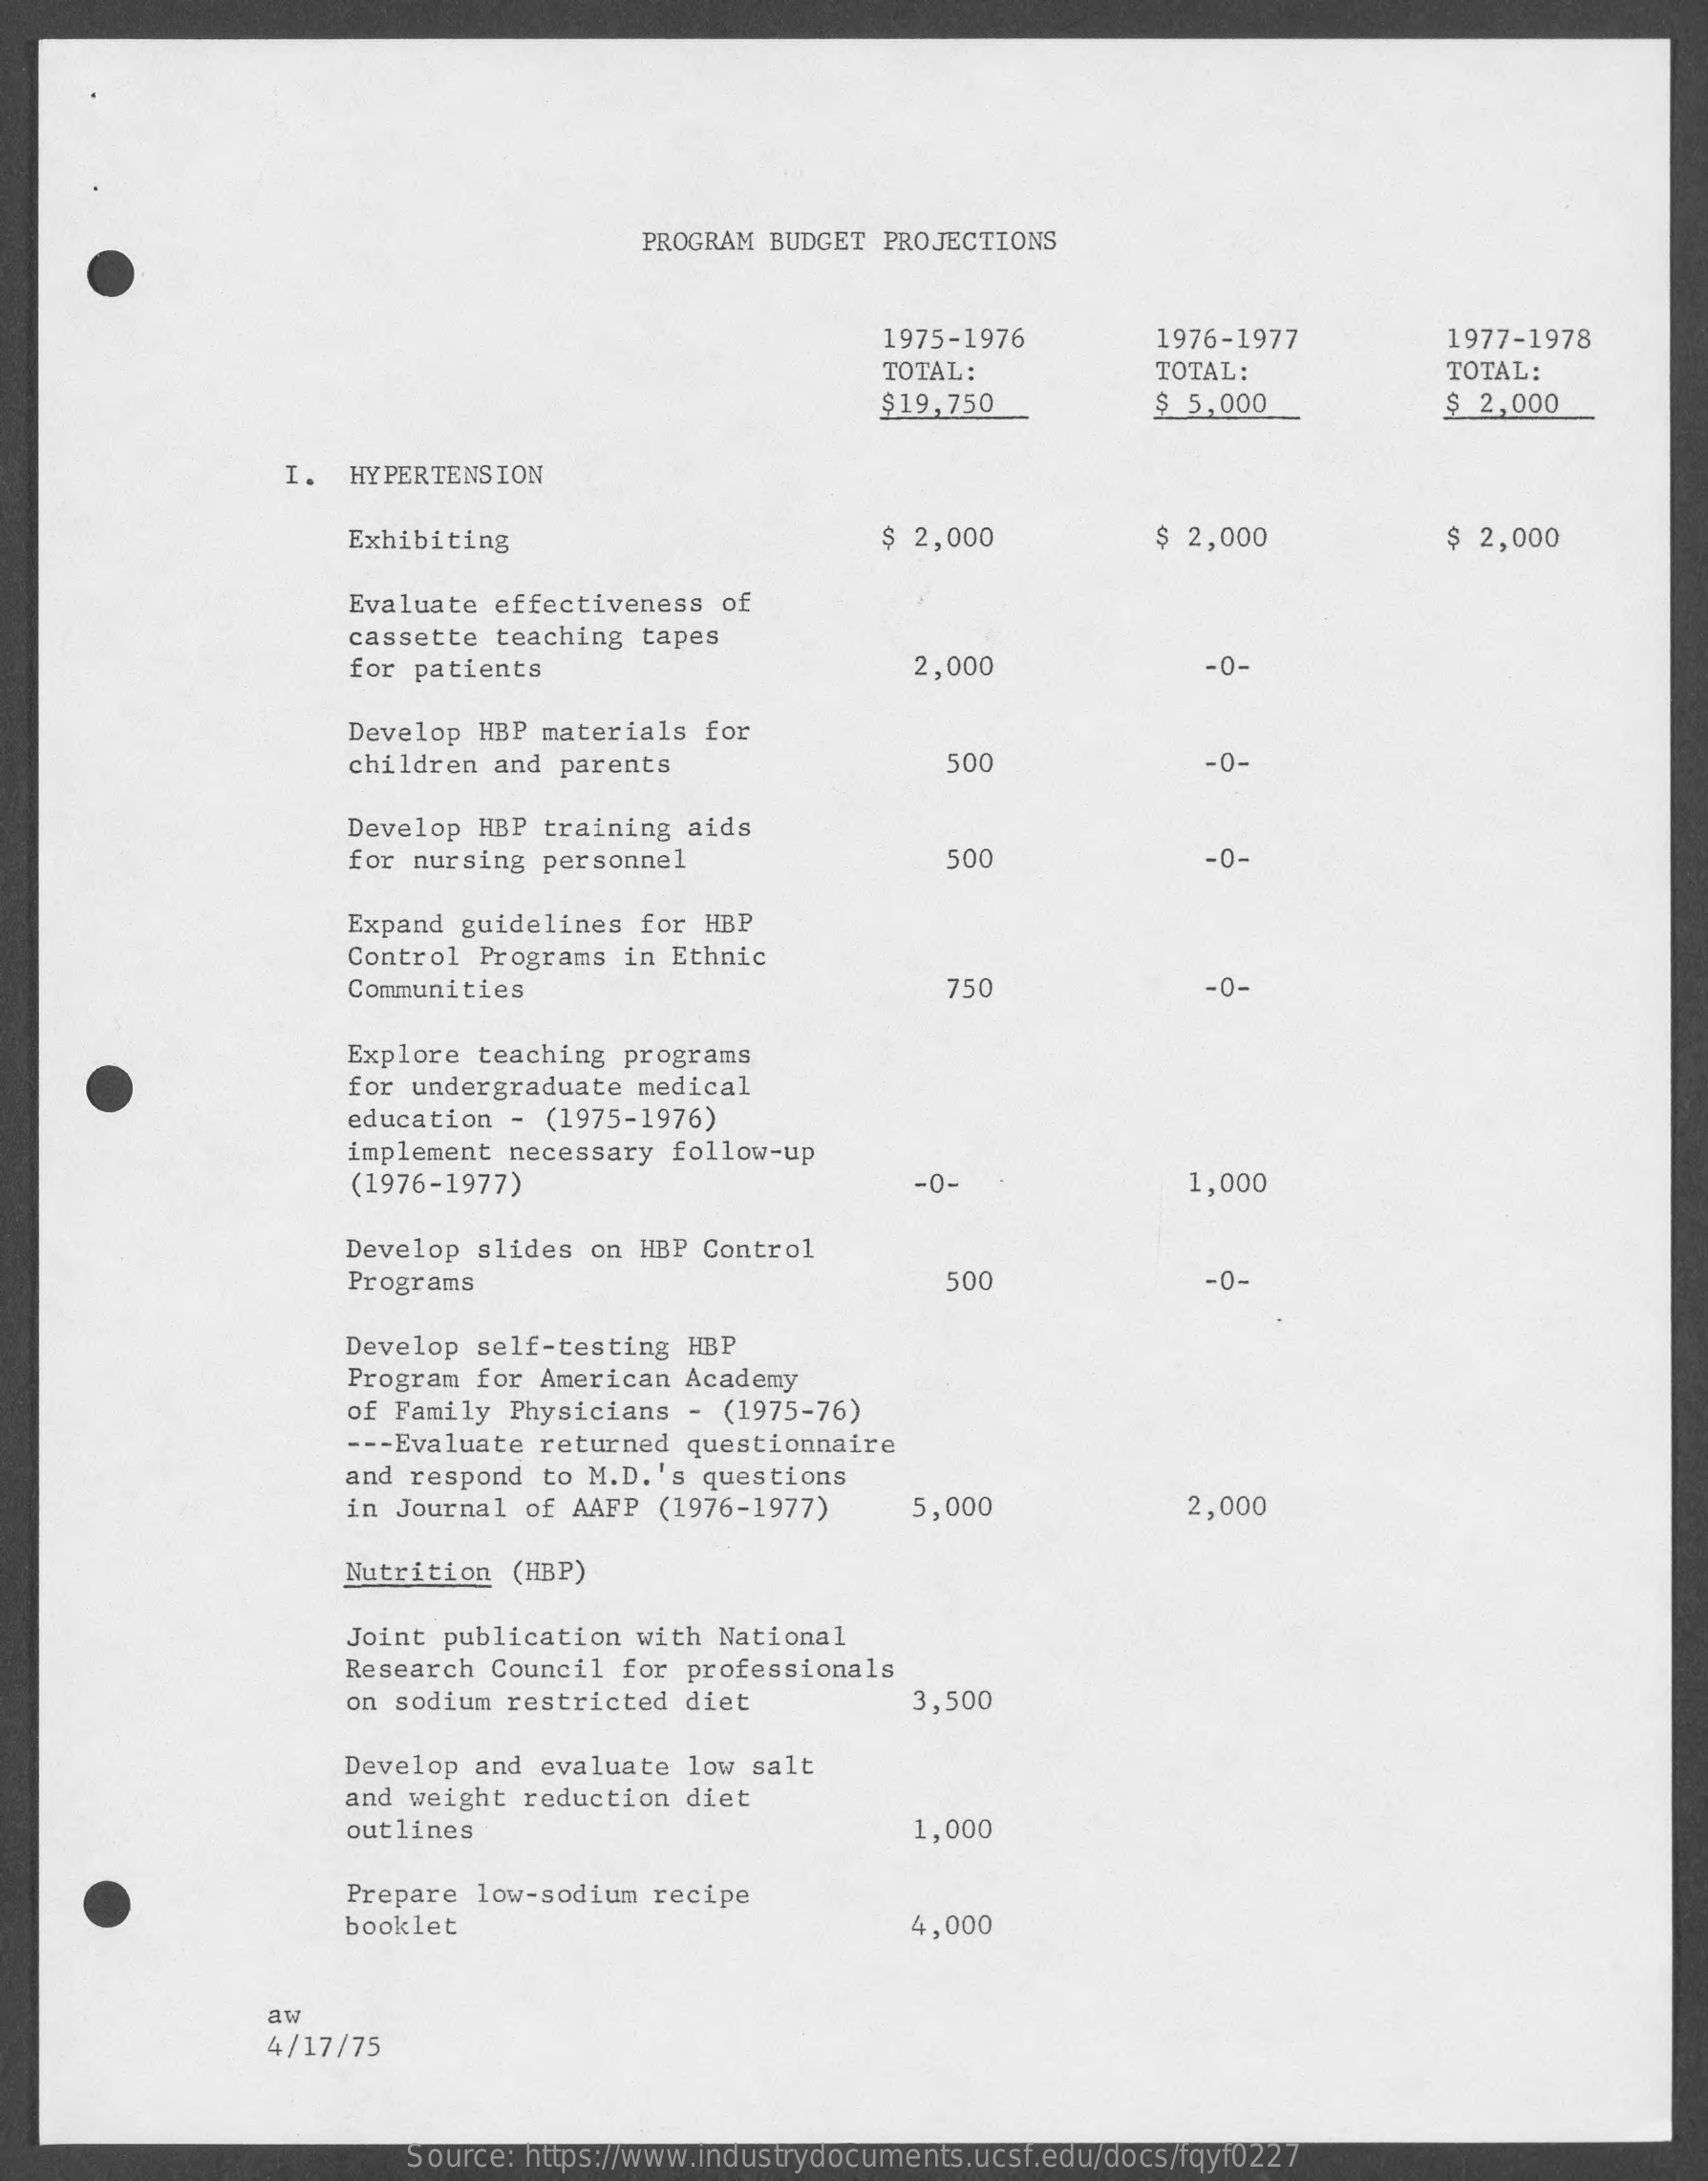
PROGRAM BUDGET PROJECTIONS
     1975-1976    1976-1977    1977-1978
     TOTAL:    TOTAL:    TOTAL:
     $19,750    $ 5,000    $ 2,000
     I.  HYPERTENSION
     Exhibiting    $ 2,000    $ 2,000    $ 2,000
     Evaluate  effectiveness  of
     cassette teaching tapes
     for patients    2,000    -0-
     Develop  HBP materials for
     children  and parents    500    -0-
     Develop HBP  training aids
     for nursing  personnel    500    -0-
     Expand guidelines  for HBP
     Control  Programs in Ethnic
     Communities    750    -0-
     Explore  teaching programs
     for undergraduate  medical
     education  - (1975-1976)
     implement  necessary follow-up
     (1976-1977)    -0-    1,000
     Develop slides  on HBP Control
     Programs    500    -0-
     Develop self-testing  HBP
     Program for  American Academy
     of Family  Physicians -  (1975-76)
     --- Evaluate returned questionnaire
     and respond  to M.D.'s questions
     in Journal  of AAFP (1976-1977)    5,000    2,000
     Nutrition  (HBP)
     Joint publication  with National
     Research Council  for professionals
     on sodium  restricted diet    3,500
     Develop and  evaluate low  salt
     and weight  reduction diet
     outlines    1,000
     Prepare low-sodium  recipe
     booklet    4,000
     aw
     4/17/75
     Source: https://www.industrydocuments.ucsf.edu/docs/fqyf0227